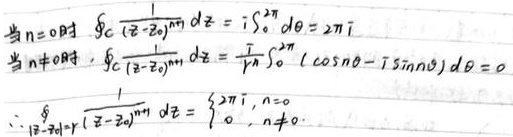
当 \(n = 0\) 时，
\[
\oint_{C}\frac{1}{(z - z_{0})^{n + 1}}dz = i\int_{0}^{2\pi}d\theta = 2\pi i
\]
当 \(n\neq0\) 时，
\[
\oint_{C}\frac{1}{(z - z_{0})^{n + 1}}dz=\frac{1}{i^{n}}\int_{0}^{2\pi}(\cos n\theta - i\sin n\theta)d\theta = 0
\]
\(\therefore\)
\[
\oint_{|z - z_{0}| = r}\frac{1}{(z - z_{0})^{n + 1}}dz=\begin{cases}2\pi i, & n = 0\\0, & n\neq0\end{cases}
\]